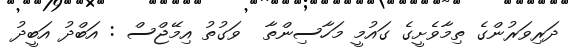
ދަރިވަރުންގެ ތިމާވެށީގެ ގައުމީ މަހާސިންތާ  ވަގުތު އިމޭޖްސް : އަބްދު އަބީދު